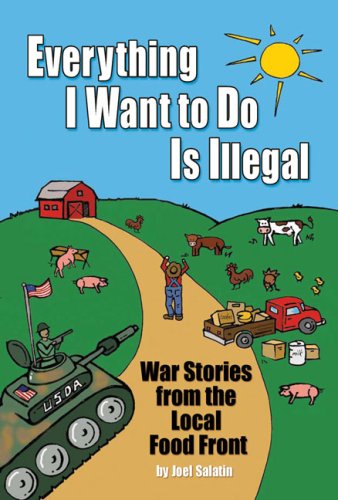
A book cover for Everything I Want To Do Is Illegal: War Stories from the Local Food Front; Joel Salatin; Science & Math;